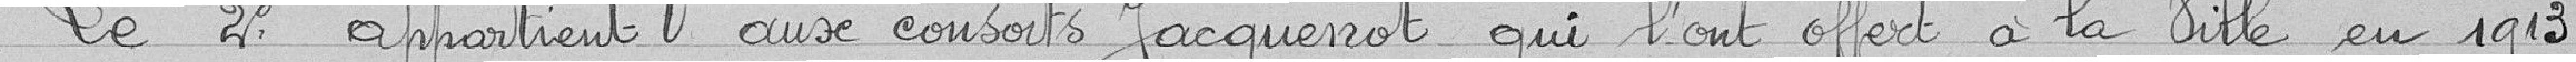
Le 2e appartient aux consorts Jacquenot qui l'ont offert à la ville en 1913